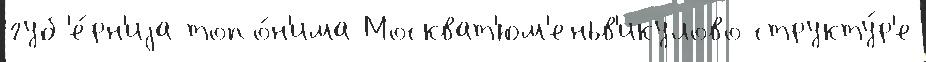
губ'е́рн'иjа топо́н'има Москват'юм'еньв'икулово структу́р'е